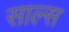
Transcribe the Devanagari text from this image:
साल्स